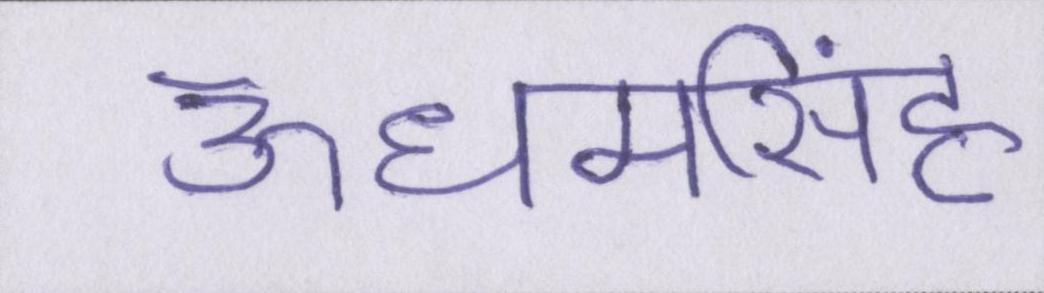
ऊधमसिंह